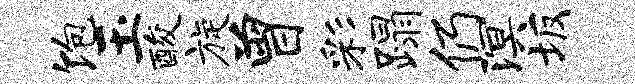
饱玉酸旋曾彩蹋仍溟坂